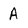
Character: A